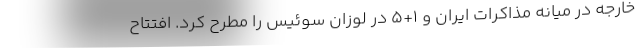
خارجه در میانه مذاکرات ایران و 1+5 در لوزان سوئیس را مطرح کرد. افتتاح